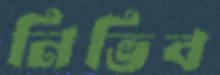
নিভিব